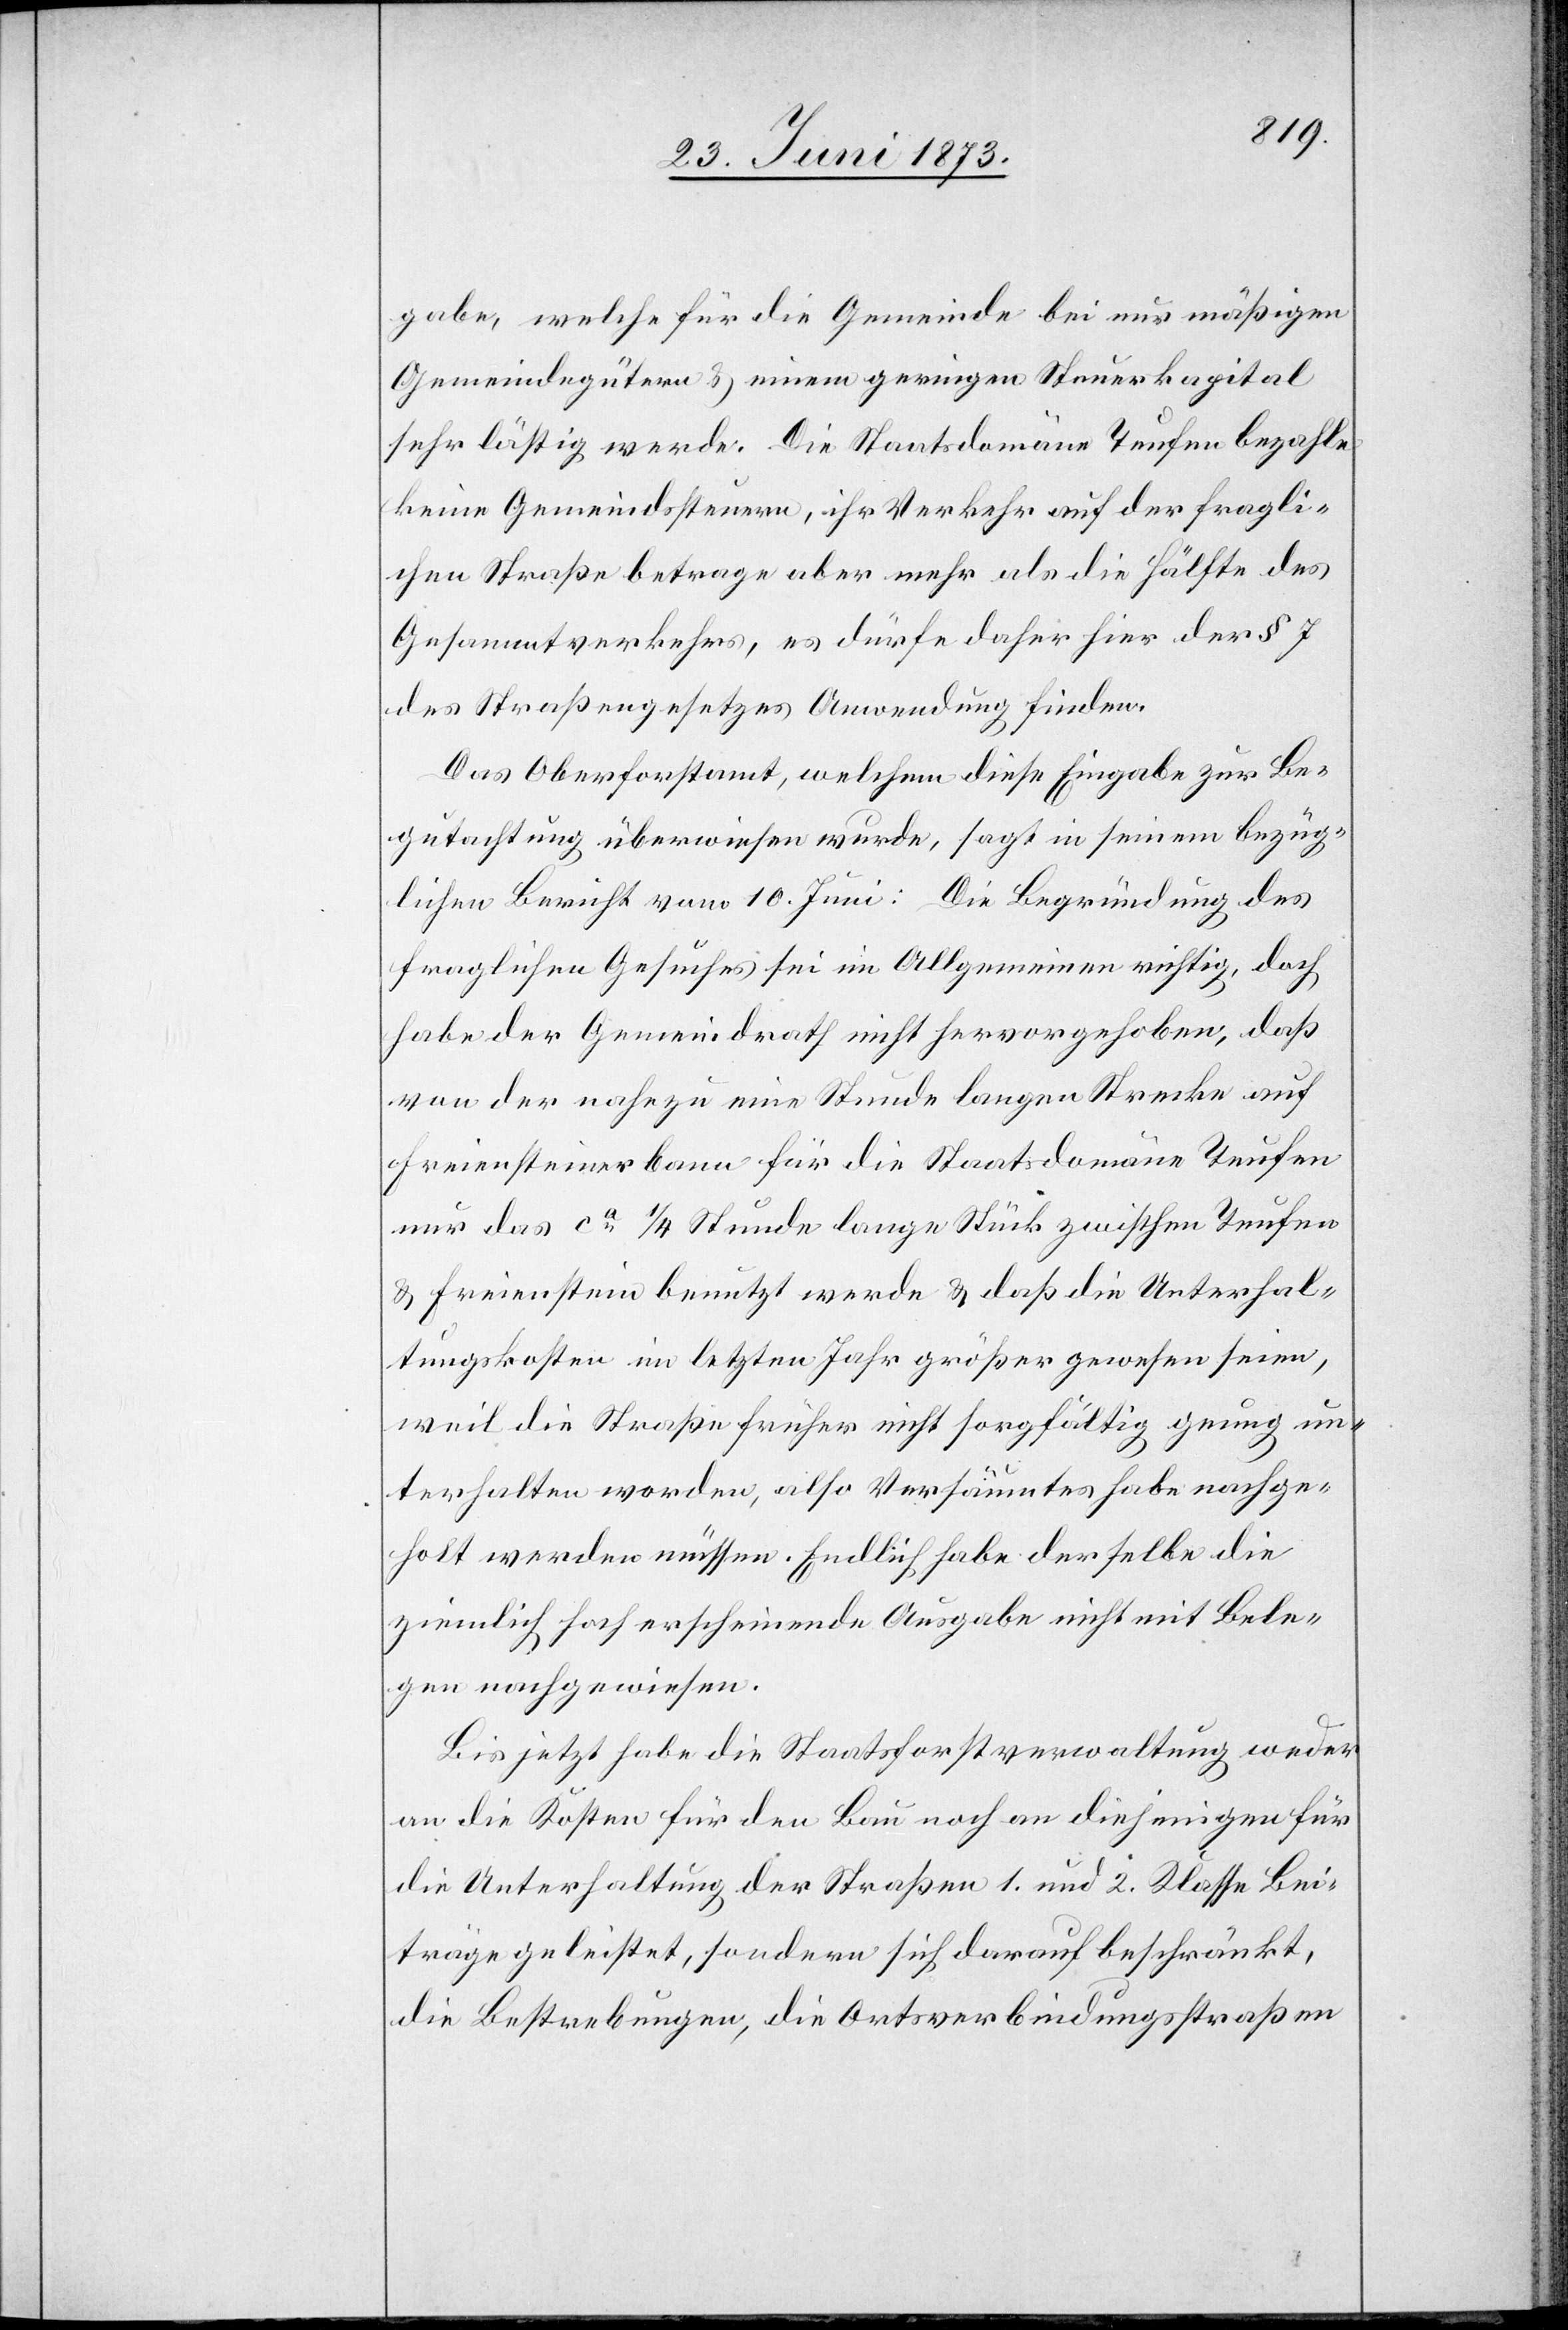
gabe, welche für die Gemeinde bei nur mäßigen
Gemeindegütern & einem geringen Steuerkapital
sehr lästig werde. Die Staatsdomäne Teufen bezahle
keine Gemeindssteuern, ihr Verkehr auf der fragli¬
chen Straße betrage aber mehr als die Hälfte des
Gesammtverkehrs, es dürfe daher hier der § 7
des Straßengesetzes Anwendung finden.
Das Oberforstamt, welchem diese Eingabe zur Be¬
gutachtung überwiesen wurde, sagt in seinem bezüg¬
lichen Bericht vom 10. Juni: Die Begründung des
fraglichen Gesuches sei im Allgemeinen richtig, doch
habe der Gemeindrath nicht hervorgehoben, daß
von der nahezu eine Stunde langen Strecke auf
Freiensteinerbann für die Staatsdomäne Teufen
nur das ca 1/4 Stunde lange Stück zwischen Teufen
& Freienstein benutzt werde & daß die Unterhal¬
tungskosten im letzten Jahr größer gewesen seien,
weil die Straße früher nicht sorgfältig genug un¬
terhalten worden, also Versäumtes habe nachge¬
holt werden müssen. Endlich habe derselbe die
ziemlich hoch erscheinende Ausgabe nicht mit Bele¬
gen nachgewiesen.
Bis jetzt habe die Staatsforstverwaltung weder
an die Kosten für den Bau noch an diejenigen für
die Unterhaltung der Straßen 1. und 2. Klasse Bei¬
träge geleistet, sondern sich darauf beschränkt,
die Bestrebungen, die Ortsverbindungsstraßen